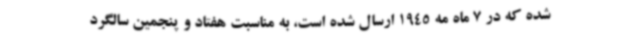
شده که در 7 ماه مه 1945 ارسال شده است، به مناسبت هفتاد و پنجمین سالگرد